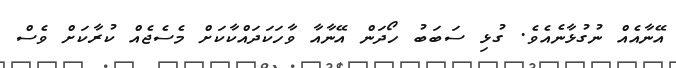
އޭނާއެއް ނުގުޅާނެއެވެ. ގުޅި ސަބަބު ހޯދަން އޭނާއާ ވާހަކަދައްކާކަށް މެސެޖެއް ކުރާކަށް ވެސް